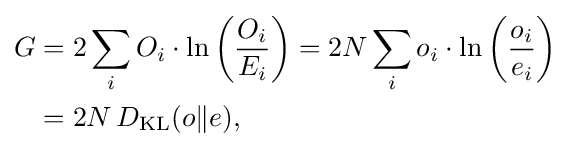
{\begin{aligned}G&=2\sum _{i}{O_{i}\cdot \ln \left({\frac {O_{i}}{E_{i}}}\right)}=2N\sum _{i}{o_{i}\cdot \ln \left({\frac {o_{i}}{e_{i}}}\right)}\\&=2N\,D_{\mathrm {KL} }(o\|e),\end{aligned}}